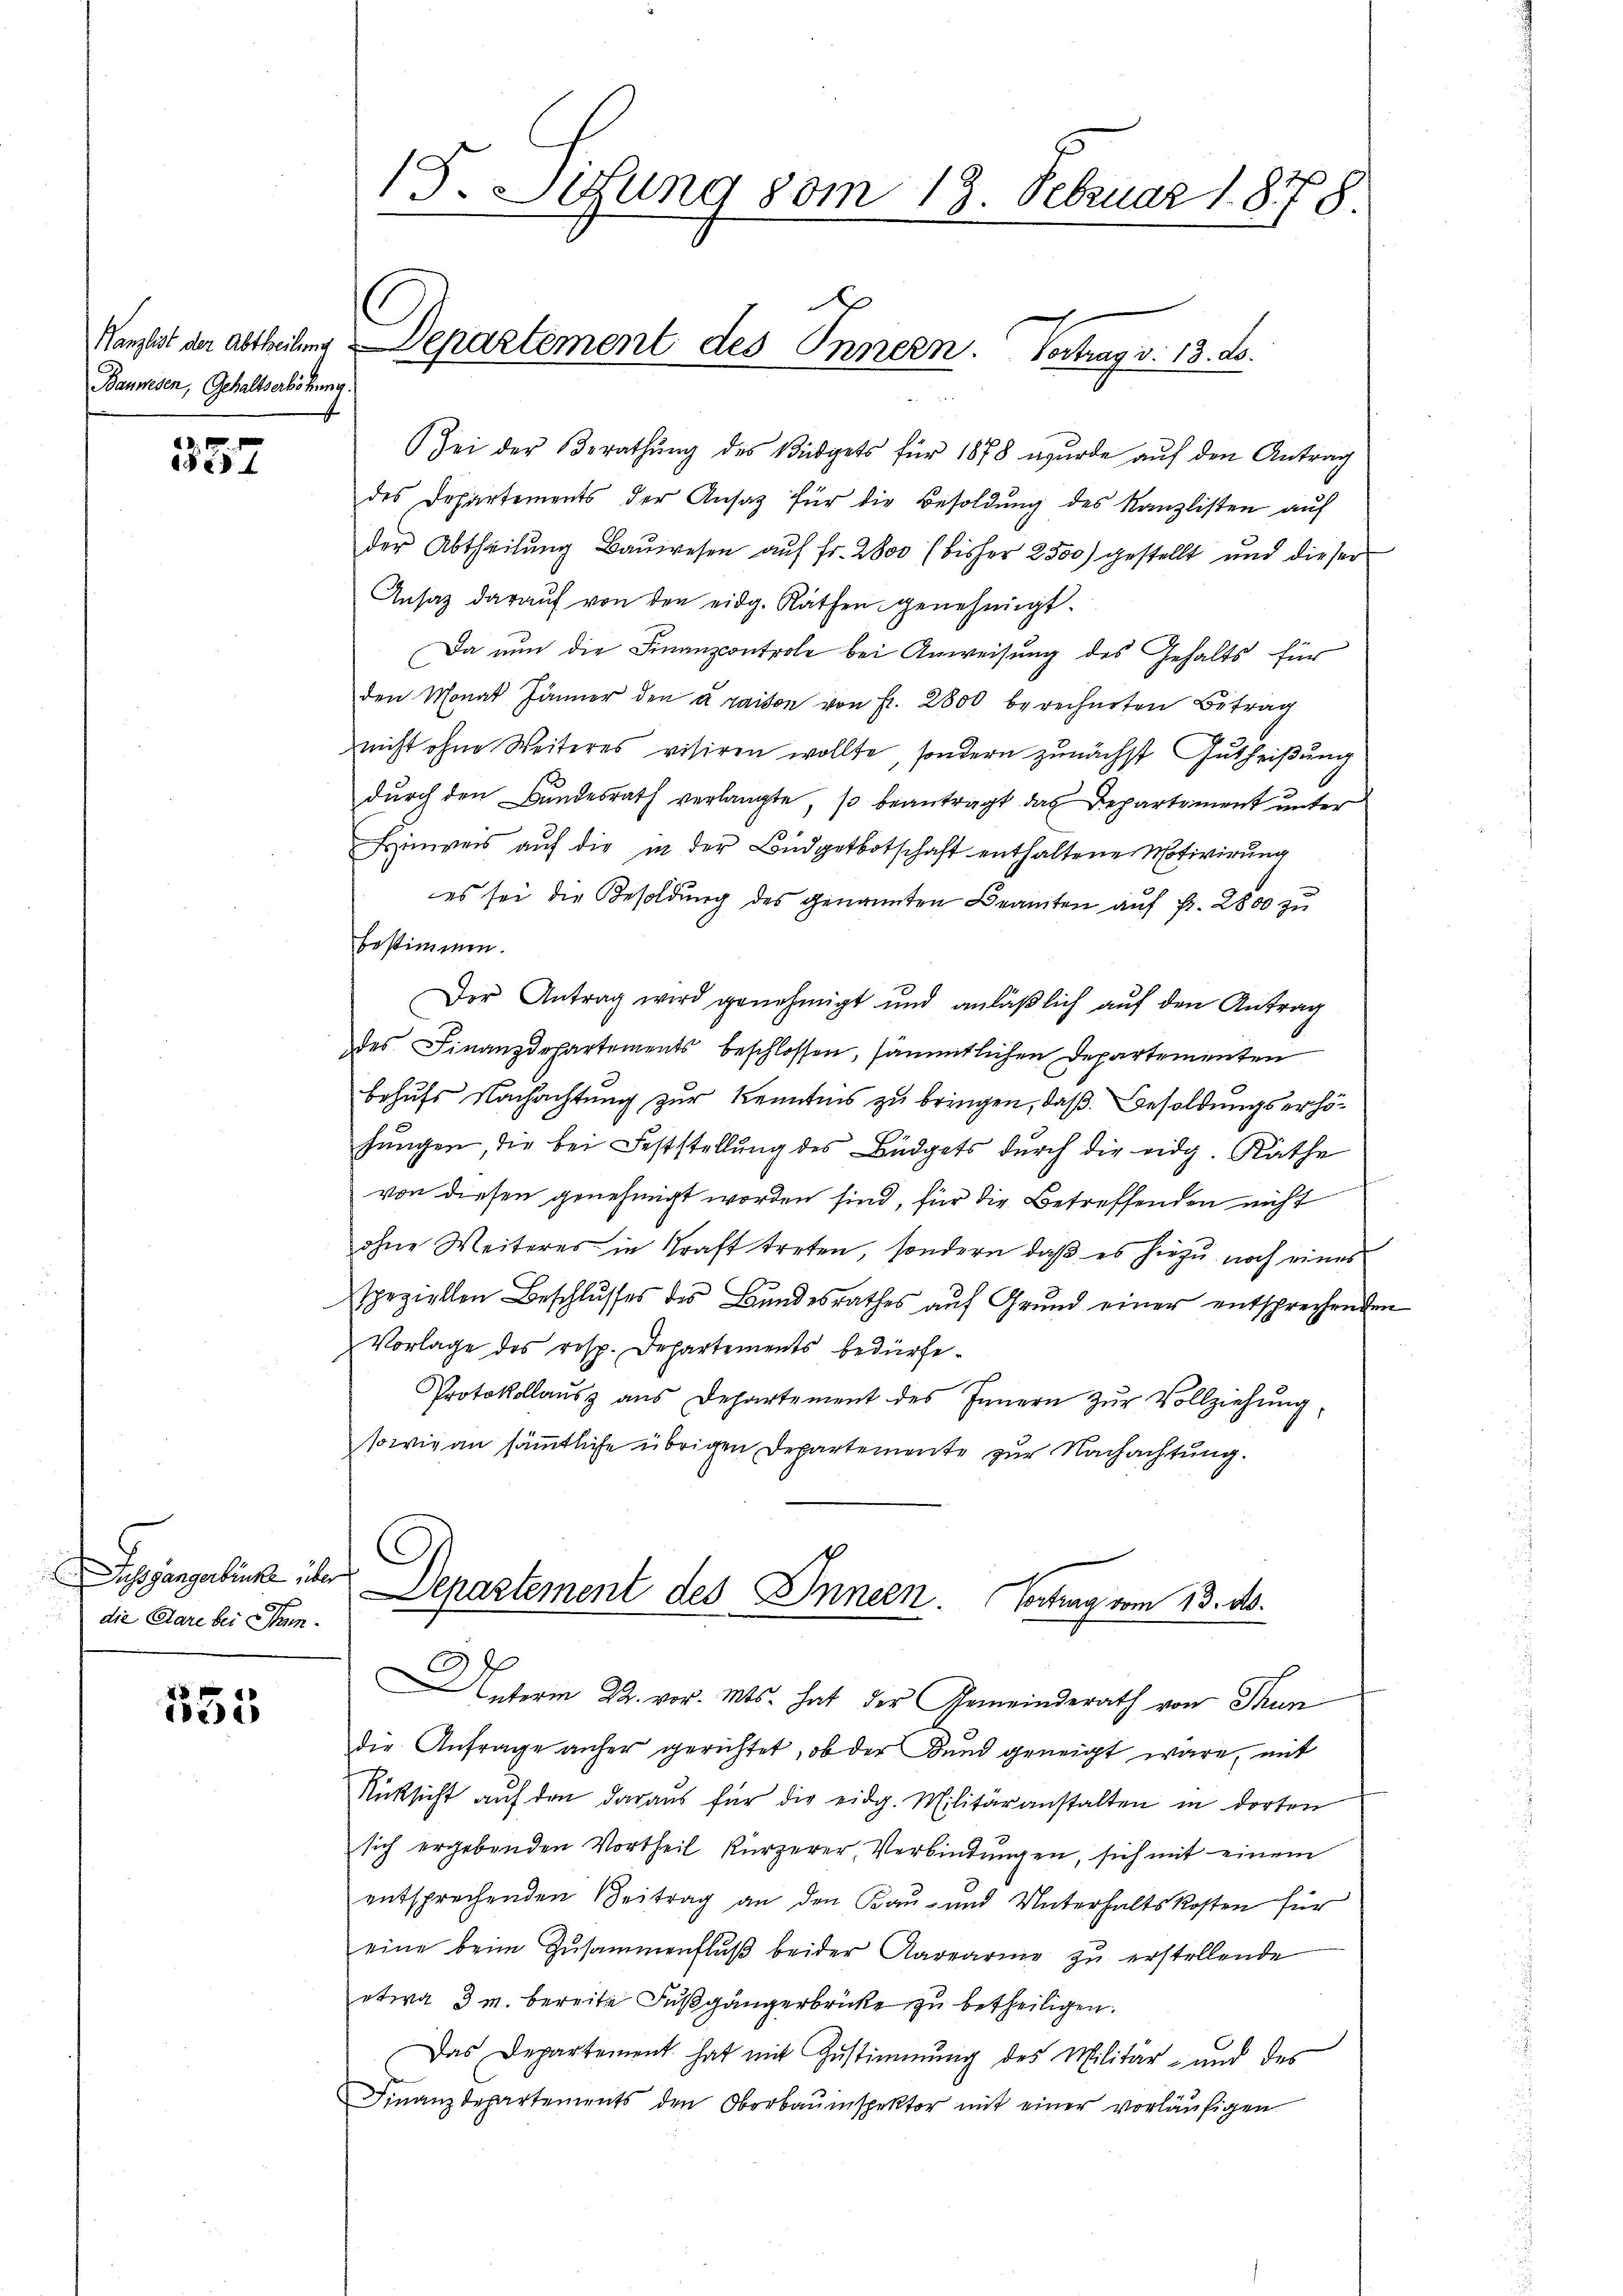
Bauwesen, Gehaltserhöhung.

357

Ausgangerbüche über
die Aare bei Thun

355

15. Situng vom 18. Februar 1878.
x

Hanzlist der abtheilung Departement des Innern. Vertrag v. 13. ds.

Zei der Berathŭng des Büdgets für 1878 wurde aŭf den Antrag
des Departements der Ansag für die Besoldŭng des Kanzlisten aŭf
der Abtheilŭng Baŭwesen aŭf fr. 2800 (bisher 2500) gestellt und dieser
Ansaz darauf von den eidg. Räthen genehmigt.
Da nun die Finanzcontrole bei Anweisung des Gehalts für
den Monat Jänner den à raison von Fr. 2800 berechneten Betrag
nicht ohne Weiteres visiren wollte, sondern zunächst Gutheißung
dŭrch den Bundesrath verlangte, so beantragt das Departement unter
Hinweis auf die in der Budgetbotschaft enthaltene Motivirung
es sei die Besoldung des genannten Beamten auf Fr. 2800 zu
bestimmen.
Der Antrag wird genehmigt und anläßlich auf den Antrag
des Finanzdepartements beschlossen, sämmtlichen Departementen
behufs Nachachtung zur Kenntnis zu bringen, daß Besoldungserhöhungen, die bei Feststellung des Büdgets durch die eidg. Rathe
von diesen genehmigt worden sind, für die Betreffenden nicht
ohne Weiteres in Kraft treten, sondern daß es hiezu noch eines
speziellen Beschlŭsses des Bŭndesrathes aŭf Grŭnd einer entsprechenden
Vorlage des resp. Departements bedürfe.
Protokollaŭs ans Departement des Innern zŭr Vollziehŭng,
sowie an sämmtliche übrigen Departemente zur Nachachtung.

Departement des Innern. Vortrag vom 13. ds.

Unterm 22. vor. Mts. hat der Gemeinderath von Fun
die Anfrage anher gerichtet, ob der Band geneigt wäre, mit
Rücksicht auf den daraus für die eidg. Militäranstalten in dorten
sich ergebenden Vortheil kürzerer, Verbindungen, sich mit einem
entsprechenden Beitrag an den Bau- und Unterhaltskosten für
eine beim Zusammenflŭβ beider Aarearme zŭ erstellende
etwa 3 M. bereite Fußgängerbrücke zu betheiligen.
Das Departement hat mit Zustimmung des Militär- und des
Finanzdepartements den Oberbauinspektor mit einer vorläŭfigen